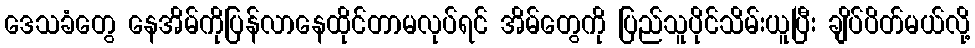
ဒေသခံတွေ နေအိမ်ကိုပြန်လာနေထိုင်တာမလုပ်ရင် အိမ်တွေကို ပြည်သူပိုင်သိမ်းယူပြီး ချိပ်ပိတ်မယ်လို့